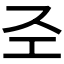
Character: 𢀖